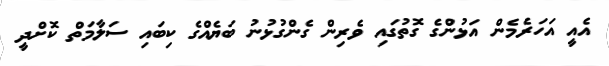
އެއީ އަހަރެމެން އަޅުންގެ ގޮތުގައި ވެރިން ގެންގުޅުނު ބަޔެއްގެ ކިބައި ސަލާމަތް ކޮށްދީ